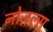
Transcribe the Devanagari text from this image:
नोज़ल्स